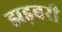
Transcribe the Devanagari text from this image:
झड़बरी